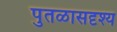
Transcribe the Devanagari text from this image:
पुतळासदृश्य